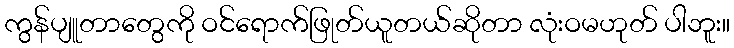
ကွန်ပျူတာတွေကို ဝင်ရောက်ဖြုတ်ယူတယ်ဆိုတာ လုံးဝမဟုတ် ပါဘူး။